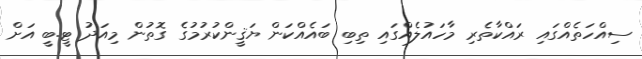
ސިއްހަތެއްގައި ރައްކާތެރި މާހައުލެއްގައި ތިބި ބައެއްކަން ޔަޤީންކުރުމުގެ ގޮތުން މިއަދު ޓީ.ބީ އަށް